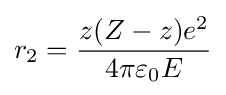
r_{2}={\frac {z(Z-z)e^{2}}{4\pi \varepsilon _{0}E}}